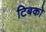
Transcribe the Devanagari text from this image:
टिबको